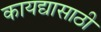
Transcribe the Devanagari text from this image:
कायद्यासाठी